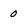
Character: 0